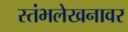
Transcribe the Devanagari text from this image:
स्तंभलेखनावर